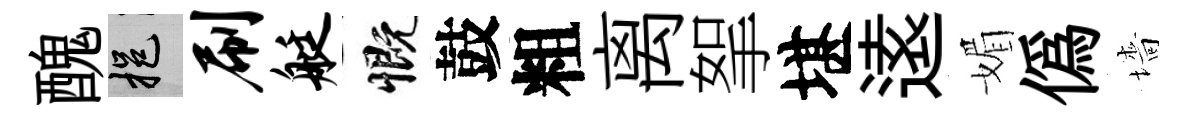
醜挹刷艇慨鼓粗离挐堪逺媚偽墻